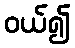
ဝယ်၍